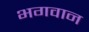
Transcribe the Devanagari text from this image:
भ्‍ागवान